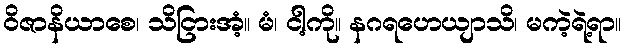
ဝိဇာနိယာစေ၊ သိငြားအံ့။ မံ၊ ငါ့ကို။ နဂရဟေယျာသိ၊ မကဲ့ရဲ့ရာ။